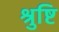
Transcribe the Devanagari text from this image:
श्रुष्टि